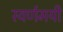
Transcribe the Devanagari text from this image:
स्‍वर्णमयी